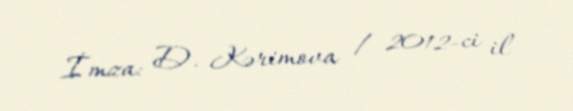
İmza: D. Kərimova / 2012-ci il